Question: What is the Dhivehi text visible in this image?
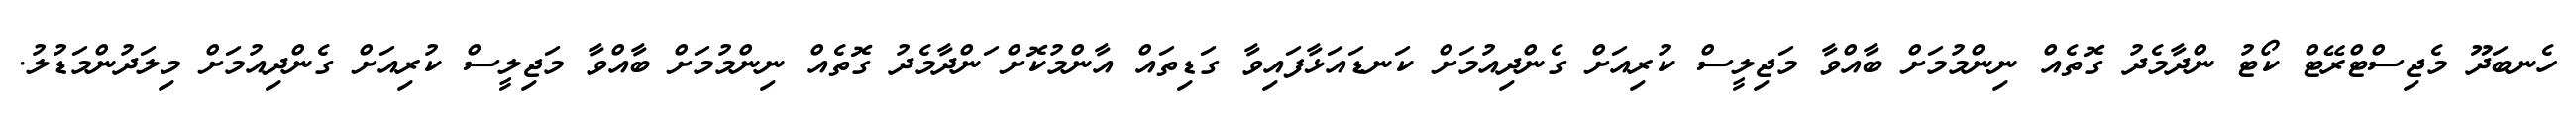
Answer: ހެނބަދޫ މެޖިސްޓްރޭޓް ކޯޓު ންދާމެދު ގޮތެއް ނިންމުމަށް ބާއްވާ މަޖިލީސް ކުރިއަށް ގެންދިއުމަށް ކަނޑައަޅާފައިވާ ގަޑިތައް އާންމުކޮށް ަންދާމެދު ގޮތެއް ނިންމުމަށް ބާއްވާ މަޖިލީސް ކުރިއަށް ގެންދިއުމަށް މިލަދުންމަޑުލު.